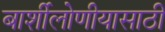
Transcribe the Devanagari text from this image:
बार्शीलोणीयासाठी